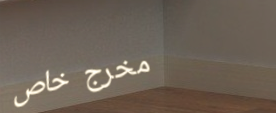
مخرج خاص